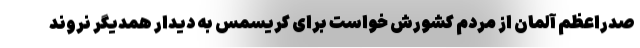
صدراعظم آلمان از مردم کشورش خواست برای کریسمس به دیدار همدیگر نروند